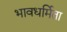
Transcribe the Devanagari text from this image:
भावधर्मिता